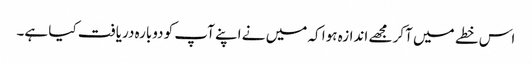
اس خطے میں آکر مجھے اندازہ ہوا کہ میں نے اپنے آپ کو دوبارہ دریافت کیا ہے۔